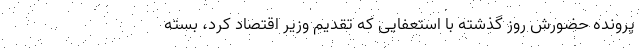
پرونده حضورش روز گذشته با استعفایی که تقدیم وزیر اقتصاد کرد، بسته